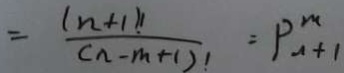
= \frac { ( n + 1 ) 1 } { ( n - m + 1 ) 1 } = P _ { n + 1 } ^ { m }